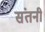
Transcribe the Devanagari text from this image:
संतनी